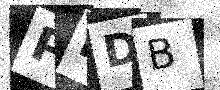
Text: PIDB